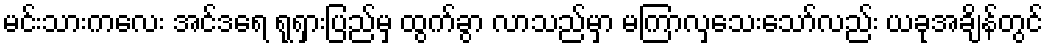
မင်းသားကလေး အင်ဒရေ ရုရှားပြည်မှ ထွက်ခွာ လာသည်မှာ မကြာလှသေးသော်လည်း ယခုအချိန်တွင်